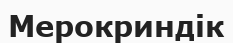
Мерокриндік